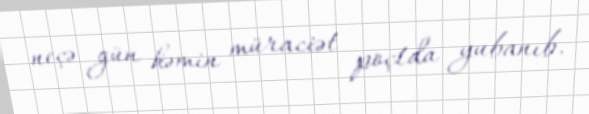
neçə gün həmin müraciət poçtda yubanıb.